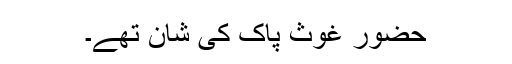
حضور غوث پاک کی شان تھے۔